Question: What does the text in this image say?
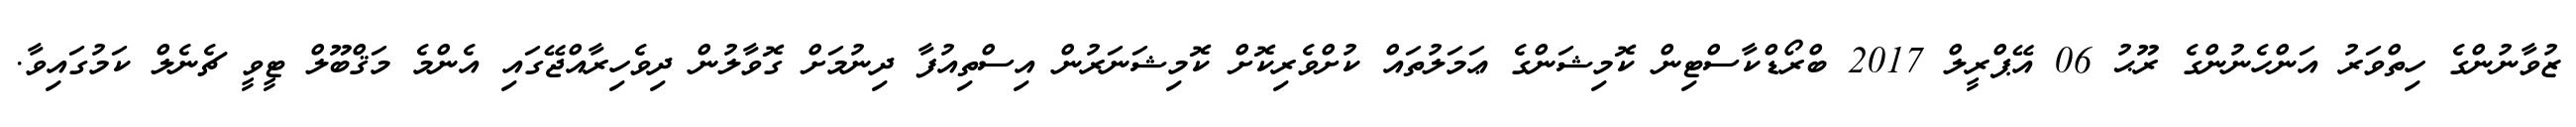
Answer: ޒުވާނުންގެ ހިތްވަރު އަންހެނުންގެ ރޫޙު 06 އޭޕްރީލް 2017 ބްރޯޑްކާސްޓިން ކޮމިޝަންގެ ޢަމަލުތައް ކުށްވެރިކޮށް ކޮމިޝަނަރުން އިސްތިއުފާ ދިނުމަށް ގޮވާލުން ދިވެހިރާއްޖޭގައި އެންމެ މަޤްބޫލް ޓީވީ ޗެނެލް ކަމުގައިވާ.